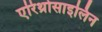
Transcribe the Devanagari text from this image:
एरिथ्रोसाइलिन